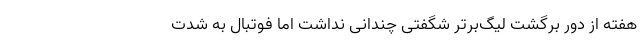
هفته از دور برگشت لیگ‌برتر شگفتی چندانی نداشت اما فوتبالِ به شدت